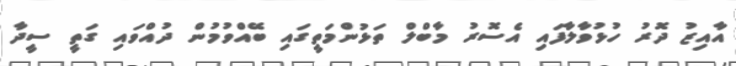
އާއިޒު ދޮރު ހުޅުވާލާފައި އެސޮރު މާބްލް ތަޅުންމަތީގައި ބޭއްވުމުން ދުއްވައި ގަތީ ސީދާ